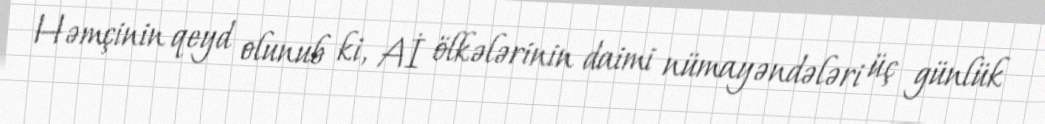
Həmçinin qeyd olunub ki, Aİ ölkələrinin daimi nümayəndələri üç günlük